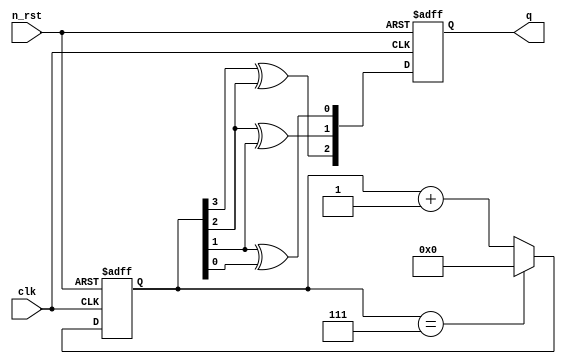
module gray(
    input clk,
    input n_rst,
    output [2:0] q
);

reg [2:0] q_out;
reg [3:0] cnt;

assign q = q_out;

always @(posedge clk or negedge n_rst) begin
    if(!n_rst) begin
        cnt <= 4'h0;
    end
    else begin
        cnt <= (cnt==4'h7) ? 4'h0 : cnt + 1'b1;
    end
end

always @(posedge clk or negedge n_rst) begin
    if(!n_rst) begin
        q_out <= 3'h0;
    end
    else begin
        q_out[2] <= cnt[3]^cnt[2];
        q_out[1] <= cnt[2]^cnt[1];
        q_out[0] <= cnt[1]^cnt[0];
    end
end

endmodule